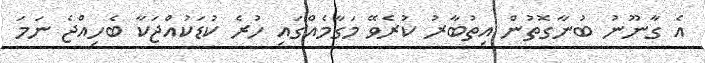
އެ ގާނޫނު ބުނާގޮތުން އިތުބާރު ކުރެވޭ މަގާމެއްގައި ހުރެ ކުޑަކުއްޖަކާ ބެހިއްޖެ ނަމަ